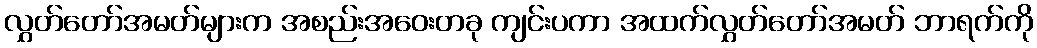
လွှတ်တော်အမတ်များက အစည်းအဝေးတခု ကျင်းပကာ အထက်လွှတ်တော်အမတ် ဘာရက်ကို